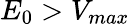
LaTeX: E_{0}>V_{max}